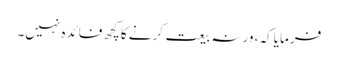
فرمایا کہ، ورنہ بیعت کرنے کاکچھ فائدہ نہیں۔